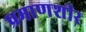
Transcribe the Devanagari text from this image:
प्रमाणशीर